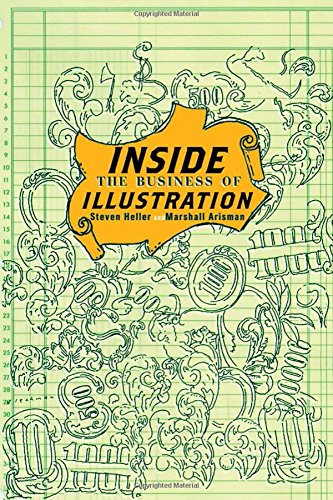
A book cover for Inside the Business of Illustration; Marshall Arisman; Arts & Photography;